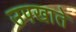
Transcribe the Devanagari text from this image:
उपखाते